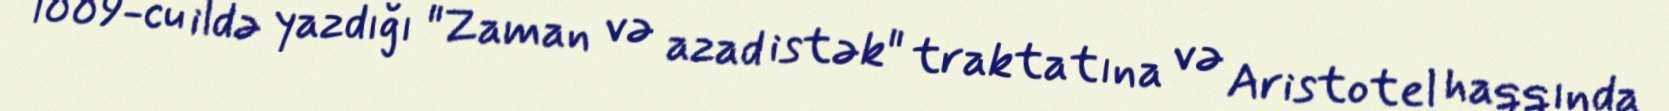
1889-cu ildə yazdığı "Zaman və azad istək" traktatına və Aristotel haqqında